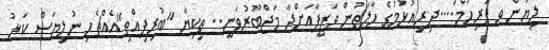
ލިޔުން ވ ފުރިހަމަ....ދިރިއުޅުމުގެ ހާލަތުން ވަޒީފާއަށްދާ މަޖްބޫރުވަނީ.. ތިކިޔާ "ބުރިފިއްތި"އެއްޗެެހި ނުލިޔަސް ކަޅު